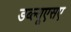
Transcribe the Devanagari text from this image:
डब्ल्यूएसए